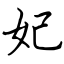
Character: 妃